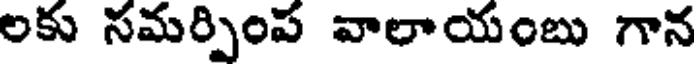
లకు సమర్పింప వాలాయంబు గాన